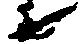
候